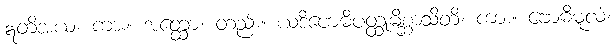
ဣတိအယံ၊ ကား။ အတ္ထော၊ တည်း။ ယဒိဗောဓိပတ္ထုမိစ္ဆာသိတိ၊ ကား။ ဗောဓိမူလံ၊